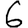
Digit: 6